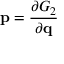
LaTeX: \mathbf { p } = { \frac { \partial G _ { 2 } } { \partial \mathbf { q } } }